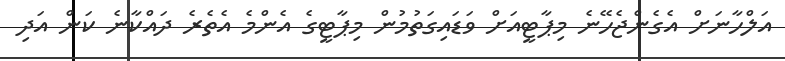
އަލްހާނަށް އެގެންޖެހޭނެ މިޕާޓީއަށް ވަޑައިގަތުމުން މިޕާޓީގެ އެންމެ އެތެރެ ދައްކާނެ ކަން އަދި